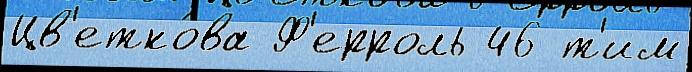
Цв'етко́ва Ф'ерроль 46 т'им